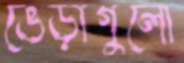
ভেড়াগুলো